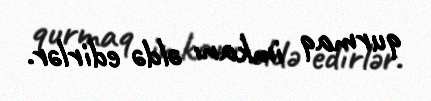
qurmaq imkanı əldə edirlər.